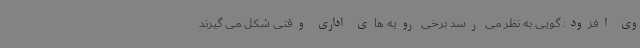
وی افزود: گویی به نظر می رسد برخی رویه های اداری وقتی شکل می گیرند